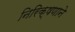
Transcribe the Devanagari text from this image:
निरिक्षणाने